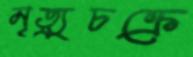
মৃত্যুচক্রে